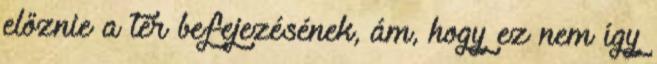
előznie a tér befejezésének, ám, hogy ez nem így